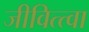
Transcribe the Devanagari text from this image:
जीवित्त्वा